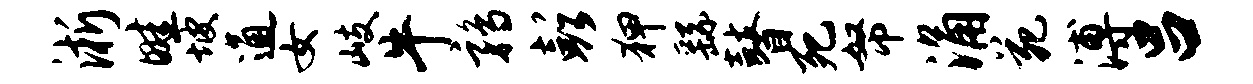
淅畦坡通女岐牛鹑彭狎繇瞽死帑涌苑溥吕